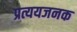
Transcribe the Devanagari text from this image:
प्रत्ययजनक